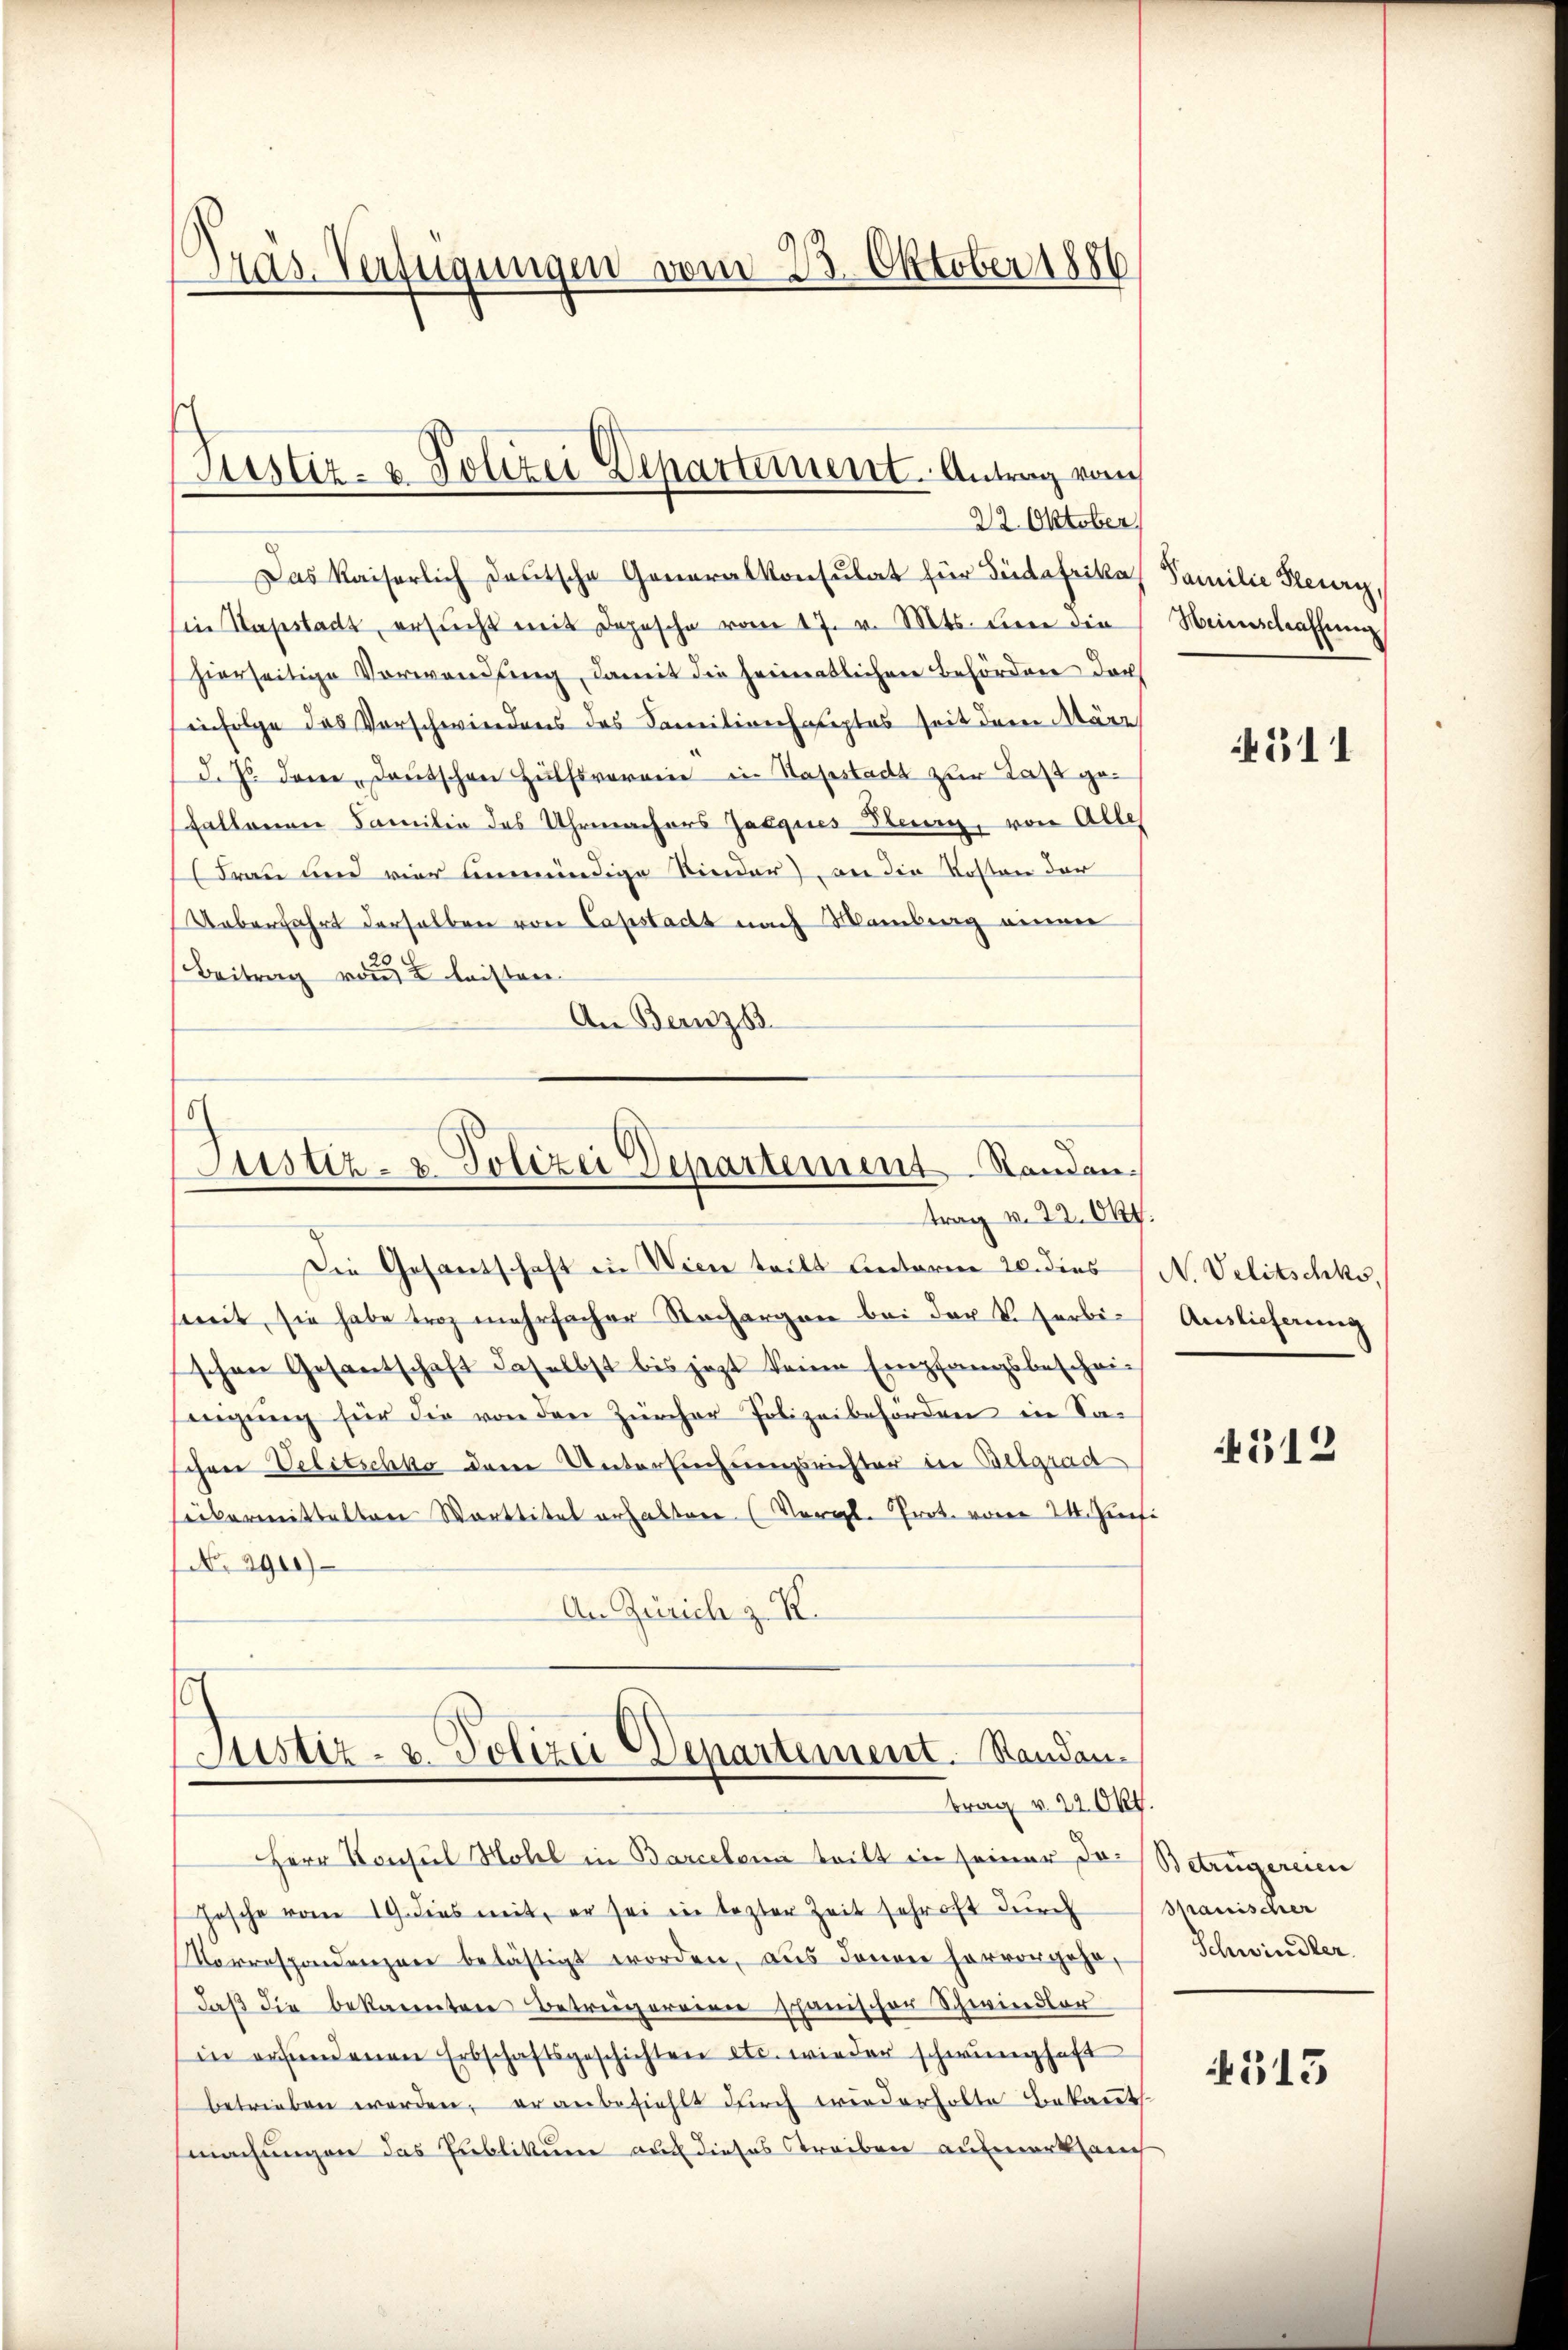
Präs. Verfügungen vom 23. Oktober 1886

Das Kaiserlich deutsche Generalkonsulat für Südafrika
in Hapstadt, ersucht mit Depesche vom 17. v. Mts. Liene die
hierseitige Vorwandlung, damit die heimentlichen Behörden der
infolge das Vorschwiedens des Familienhauptes seit dem März
d. Js. dem deŭtschen Hülfsvereine in Halstadt zur Last ge¬
Fallenen Familie des Uhrmachers Jacques Senn, von Alle
Drau und vier unmündige Kinder) an die Kosten der
Ueberfahrt derselben von Capstadt nach Mainberg einen
Beitrag von leisten
An Bernz

Justiz- & Polizei Departement. Antrag vom
22. Oktober

Justiz- u. Polizei Departement Randen.
trag v. 22. Okt.

Die Gesandschaft in Wien teilt unterm 20. dies N. Velitschks,
streit, sie habe troz mehrfacher Sachergen bei der K. Farbischen Gesantschaft daselbst bis jezt keine Empfangsbeschei-
nigŭng für die von den Zürcher Polizeibehörden in Sa-
schen Velitschka dem Untersuchungsrichter in Belgrad
sübermittelten Warttitel erhalten (Vergl. Prot. vom 24. Juni
No. 290)
An Zürich z. K.

s
Justiz- u. Polizei Departement. Randantrag v. 22. Okt.
HHerr Konsul Moll in Barcelena tritt in seiner das Betrügereien

Fasche vom 19. dies mit, er sei in lezter Zeit schrift durch
Vorrespondenzen belästigt worden, aus denen hervorgehe,
daß die bekannten Betrugereien schanischer Schwindler
in erfundenen Erbschaftsgeschichten etc. wieder schwunghaft
betrieben werden, er anbefiehlt durch wiederholte Bekannt
machungen das Publikum auf dieses Streiben aufmerksanc

Familie Steury,
Weinschaffung

511

Auslieferung

4512

Spanischer
Schwindler.

4515